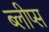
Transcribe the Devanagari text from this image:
ब्लीप्स